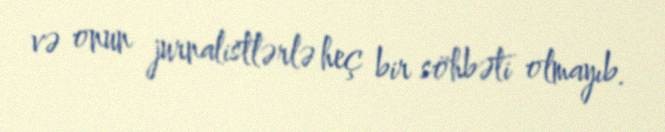
və onun jurnalistlərlə heç bir söhbəti olmayıb.